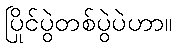
ပြိုင်ပွဲတစ်ပွဲပဲဟာ။